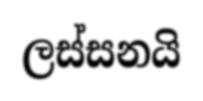
ලස්සනයි